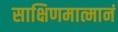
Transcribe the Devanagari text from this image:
साक्षिणमात्मानं